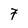
Character: 7